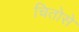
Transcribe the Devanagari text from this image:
चितोसे